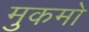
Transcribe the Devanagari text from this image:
मुकमो